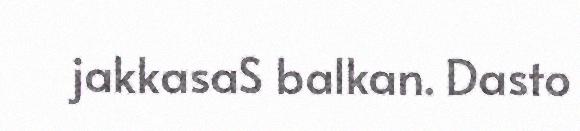
jakkasaS balkan. Dasto